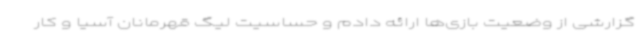
گزارشی از وضعیت بازی‌ها ارائه دادم و حساسیت لیگ قهرمانان آسیا و کار